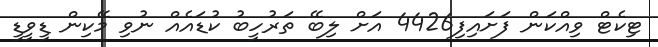
ޓިކެޓް ވިއްކަން ފަށައިފި4426 އަށް ލިބޭ ތަރުހީބު ކުޑައެއް ނުވި މޭކިން ޑީވީޑީ